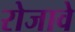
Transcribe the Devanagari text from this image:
रोजावे